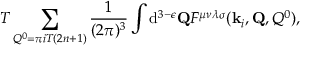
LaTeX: T \sum _ { Q ^ { 0 } = \pi i T ( 2 n + 1 ) } { \frac { 1 } { ( 2 \pi ) ^ { 3 } } } \int \mathrm { d } ^ { 3 - \epsilon } { \bf Q } F ^ { \mu \nu \lambda \sigma } ( { \bf k } _ { i } , { \bf Q } , Q ^ { 0 } ) ,